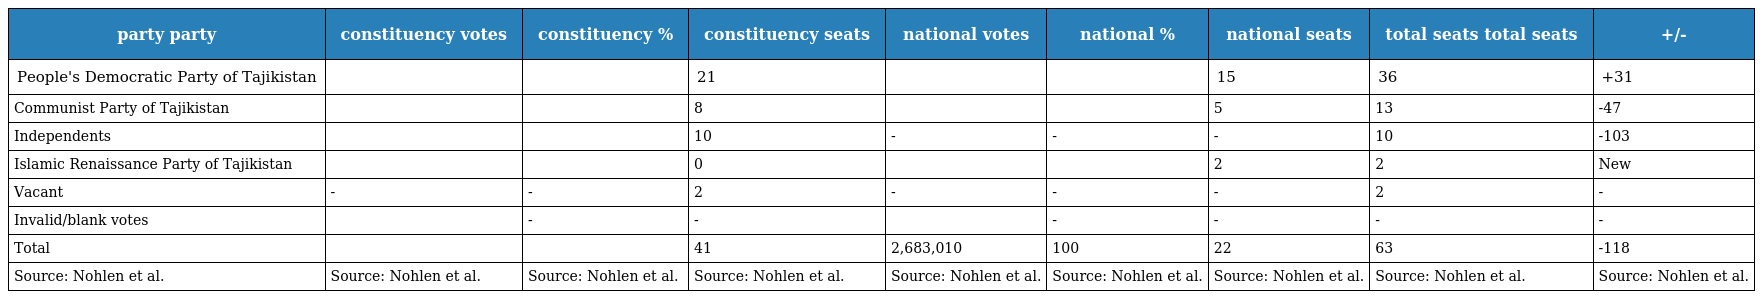
| party party | constituency votes | constituency % | constituency seats | national votes | national % | national seats | total seats total seats | +/- |
 | --- | --- | --- | --- | --- | --- | --- | --- | --- |
 | People's Democratic Party of Tajikistan |  |  | 21 |  |  | 15 | 36 | +31 |
 | Communist Party of Tajikistan |  |  | 8 |  |  | 5 | 13 | -47 |
 | Independents |  |  | 10 | - | - | - | 10 | -103 |
 | Islamic Renaissance Party of Tajikistan |  |  | 0 |  |  | 2 | 2 | New |
 | Vacant | - | - | 2 | - | - | - | 2 | - |
 | Invalid/blank votes |  | - | - |  | - | - | - | - |
 | Total |  |  | 41 | 2,683,010 | 100 | 22 | 63 | -118 |
 | Source: Nohlen et al. | Source: Nohlen et al. | Source: Nohlen et al. | Source: Nohlen et al. | Source: Nohlen et al. | Source: Nohlen et al. | Source: Nohlen et al. | Source: Nohlen et al. | Source: Nohlen et al. |